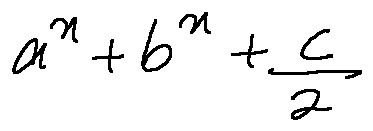
a ^ { x } + b ^ { x } + \frac { c } { 2 }